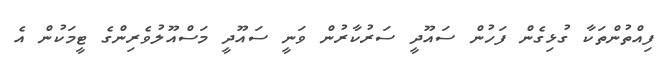
ފިއްތުންތަކާ ގުޅިގެން ފަހުން ސައޫދީ ސަރުކާރުން ވަނީ ސައޫދީ މަސްއޫލުވެރިންގެ ޓީމަކުން އެ